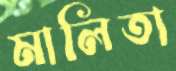
মালিতা